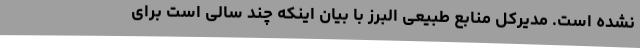
نشده است. مدیرکل منابع طبیعی البرز با بیان اینکه چند سالی است برای